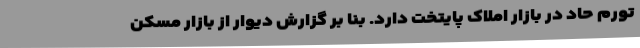
تورم حاد در بازار املاک پایتخت دارد. بنا بر گزارش دیوار از بازار مسکن